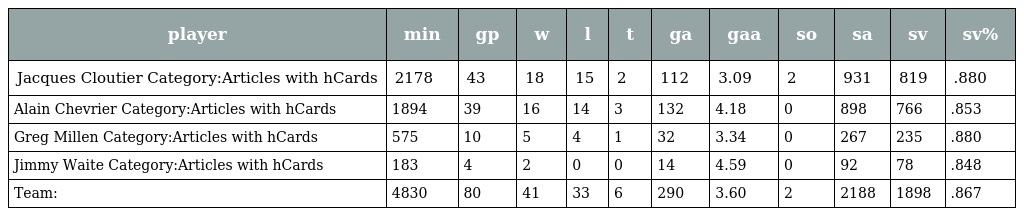
| player | min | gp | w | l | t | ga | gaa | so | sa | sv | sv% |
 | --- | --- | --- | --- | --- | --- | --- | --- | --- | --- | --- | --- |
 | Jacques Cloutier Category:Articles with hCards | 2178 | 43 | 18 | 15 | 2 | 112 | 3.09 | 2 | 931 | 819 | .880 |
 | Alain Chevrier Category:Articles with hCards | 1894 | 39 | 16 | 14 | 3 | 132 | 4.18 | 0 | 898 | 766 | .853 |
 | Greg Millen Category:Articles with hCards | 575 | 10 | 5 | 4 | 1 | 32 | 3.34 | 0 | 267 | 235 | .880 |
 | Jimmy Waite Category:Articles with hCards | 183 | 4 | 2 | 0 | 0 | 14 | 4.59 | 0 | 92 | 78 | .848 |
 | Team: | 4830 | 80 | 41 | 33 | 6 | 290 | 3.60 | 2 | 2188 | 1898 | .867 |